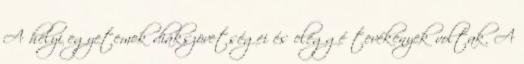
A helyi egyetemek diákszövetségei és eléggé tevékenyek voltak. A